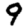
Digit: 9